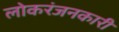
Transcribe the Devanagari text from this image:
लोकरंजनकारी